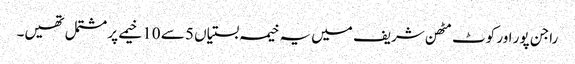
راجن پور اور کوٹ مٹھن شریف میں یہ خیمہ بستیاں 5 سے 10 خیمے پر مشتمل تھیں۔